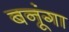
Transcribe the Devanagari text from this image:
बनूंगा